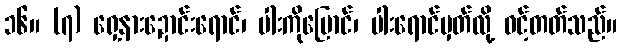
၁၆။ (၇) ရှေ့နားဍောင်းရောင်၊ ပါးကိုပြောင်၊ ပါးရောင်မှတ်လို့ ဝင့်တတ်သည်။